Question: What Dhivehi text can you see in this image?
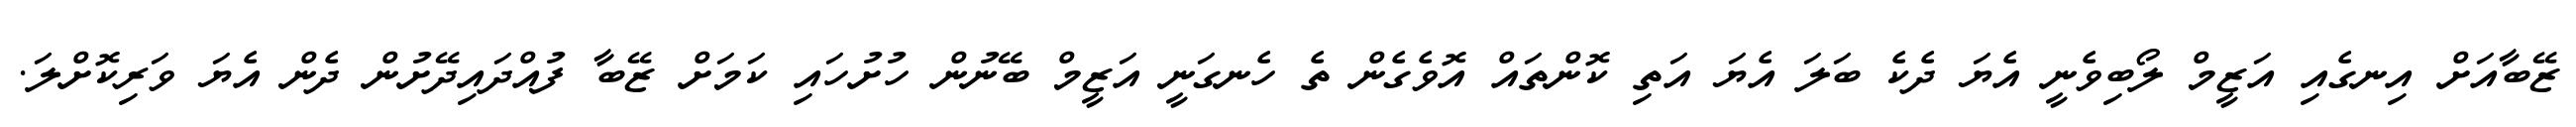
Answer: ޒޭބާއަށް އިނގެއި އަޒީމް ލޯބިވެނީ އެޔަ ދެކެ ބަލަ އެޔަ އަތި ކޮންތައް އޮވެގެން ތެ ހެނގަނީ އަޒީމް ބޭނުން ހުށުހައި ކަމަށް ޒޭބާ ފުއްދައިދޭށުން ދެން އެޔަ ވަރިކޮށްލަ.